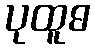
ပုထူဓ